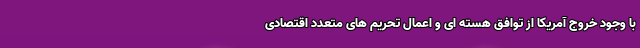
با وجود خروج آمریکا از توافق هسته ای و اعمال تحریم های متعدد اقتصادی